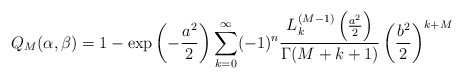
\begin{align*}Q_M (\alpha ,\beta)=1-\mathrm{exp}\left(-\frac{a^2}{2}\right)\sum _{k=0}^{\infty}(-1)^n\frac{L_k^{(M-1)}\left(\frac{a^2}{2}\right)}{\Gamma(M+k+1)}\left(\frac{b^2}{2}\right)^{k+M}\end{align*}